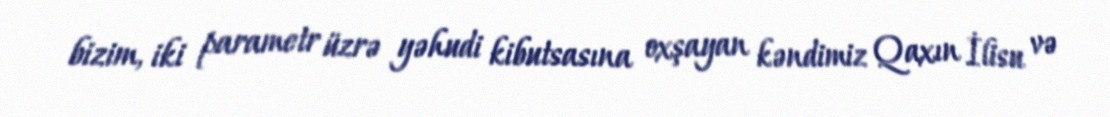
bizim, iki parametr üzrə yəhudi kibutsasına oxşayan kəndimiz Qaxın İlisu və